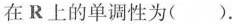
在R上的单调性为( )。